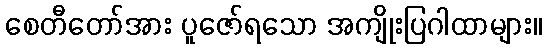
စေတီတော်အား ပူဇော်ရသော အကျိုးပြဂါထာများ။